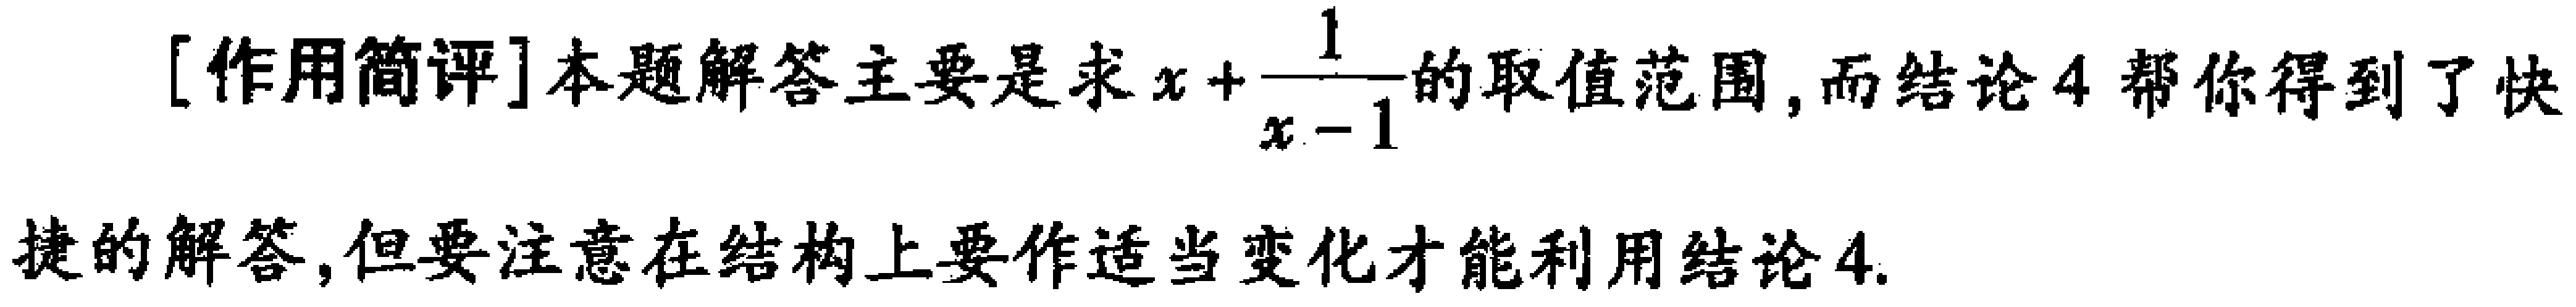
[作用简评]本题解答主要是求\(x + \frac{1}{x - 1}\)的取值范围,而结论4帮你得到了快捷的解答,但要注意在结构上要作适当变化才能利用结论4.